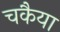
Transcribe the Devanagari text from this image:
चकैया